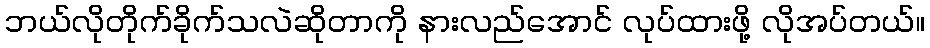
ဘယ်လိုတိုက်ခိုက်သလဲဆိုတာကို နားလည်အောင် လုပ်ထားဖို့ လိုအပ်တယ်။